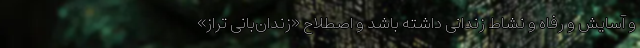
و آسایش و رفاه و نشاط زندانی داشته باشد و اصطلاح «زندان‌بانیِ تراز»